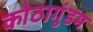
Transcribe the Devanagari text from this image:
कोठागुंडम